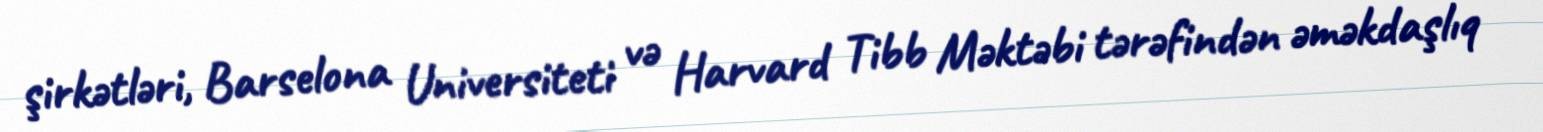
şirkətləri, Barselona Universiteti və Harvard Tibb Məktəbi tərəfindən əməkdaşlıq